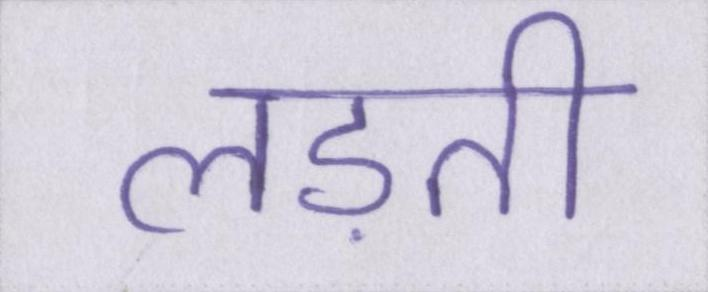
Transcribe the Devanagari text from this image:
लड़ती